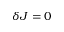
\delta J = 0